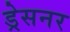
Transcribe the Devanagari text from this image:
ड्रेसनर